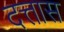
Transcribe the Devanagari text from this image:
दत्तास